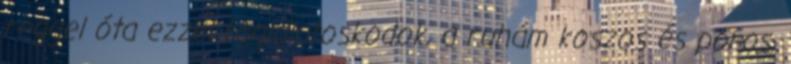
reggel óta ezzel foglalatoskodok, a ruhám koszos és poros,